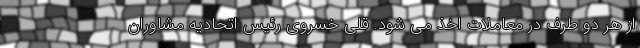
از هر دو طرف در معاملات اخذ می شود. قلی خسروی رئیس اتحادیه مشاوران